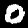
Label: 0